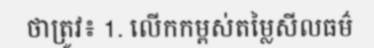
ថាត្រូវ៖ 1. លើកកម្ពស់តម្លៃសីលធម៌